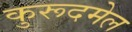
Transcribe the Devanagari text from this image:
कुरूदमेल